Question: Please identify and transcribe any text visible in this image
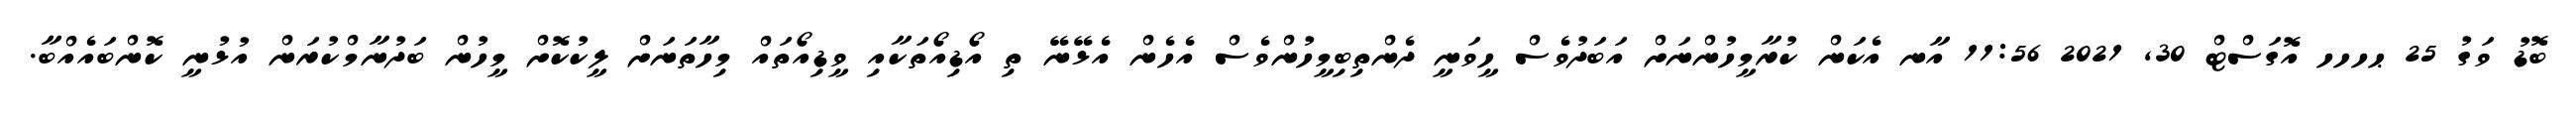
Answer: ބޮޑު ވަގު 25 ޙހހހ އޮގަސްޓް 30, 2021 11:56 އާނ އެކަން ކުރާމީހުންނަށް އަބަދުވެސް ހީވަނީ ދެންތިބިމީހުންވެސް އެހެން އެޅޭނޭ ތި އޯޑިއޯތަކާއި ވީޑިއޯތައް މިހާތަނަށް ލީކުކޮށް މީހުން ބަދުނާމްކުރަން އުޅުނީ ކޮންބައެއްބާ.